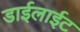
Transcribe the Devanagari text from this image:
डाईलाईट